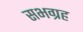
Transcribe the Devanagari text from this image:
सभग्रह